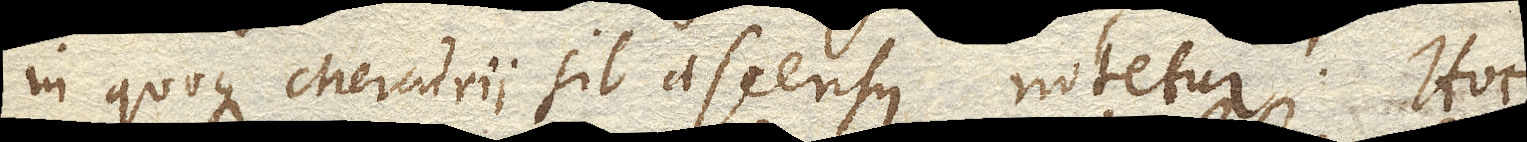
in quoque Mercurii sit ascensus notetur. Hoc